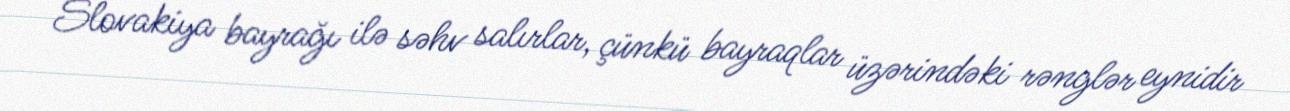
Slovakiya bayrağı ilə səhv salırlar, çünkü bayraqlar üzərindəki rənglər eynidir